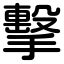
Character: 擊